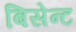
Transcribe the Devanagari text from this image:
बिसेन्ट